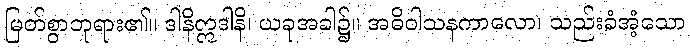
မြတ်စွာဘုရား၏။ ဒါနိဣဒါနိ၊ ယခုအခါ၌။ အဓိဝါသနကာလော၊ သည်းခံအံ့သော